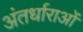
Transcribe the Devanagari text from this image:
अंतर्धाराओं